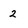
Character: 2